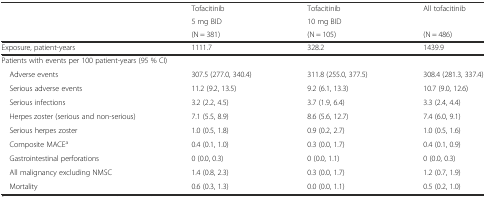
<table><thead><tr><td rowspan="3"></td><td><b>Tofacitinib</b></td><td><b>Tofacitinib</b></td><td rowspan="2"><b>All tofacitinib</b></td></tr><tr><td><b>5 mg BID</b></td><td><b>10 mg BID</b></td></tr><tr><td><b>(N = 381)</b></td><td><b>(N = 105)</b></td><td><b>(N = 486)</b></td></tr></thead><tbody><tr><td>Exposure, patient-years</td><td>1111.7</td><td>328.2</td><td>1439.9</td></tr><tr><td colspan="4">Patients with events per 100 patient-years (95 % CI)</td></tr><tr><td> Adverse events</td><td>307.5 (277.0, 340.4)</td><td>311.8 (255.0, 377.5)</td><td>308.4 (281.3, 337.4)</td></tr><tr><td> Serious adverse events</td><td>11.2 (9.2, 13.5)</td><td>9.2 (6.1, 13.3)</td><td>10.7 (9.0, 12.6)</td></tr><tr><td> Serious infections</td><td>3.2 (2.2, 4.5)</td><td>3.7 (1.9, 6.4)</td><td>3.3 (2.4, 4.4)</td></tr><tr><td> Herpes zoster (serious and non-serious)</td><td>7.1 (5.5, 8.9)</td><td>8.6 (5.6, 12.7)</td><td>7.4 (6.0, 9.1)</td></tr><tr><td> Serious herpes zoster</td><td>1.0 (0.5, 1.8)</td><td>0.9 (0.2, 2.7)</td><td>1.0 (0.5, 1.6)</td></tr><tr><td> Composite MACE<sup>a</sup></td><td>0.4 (0.1, 1.0)</td><td>0.3 (0.0, 1.7)</td><td>0.4 (0.1, 0.9)</td></tr><tr><td> Gastrointestinal perforations</td><td>0 (0.0, 0.3)</td><td>0 (0.0, 1.1)</td><td>0 (0.0, 0.3)</td></tr><tr><td> All malignancy excluding NMSC</td><td>1.4 (0.8, 2.3)</td><td>0.3 (0.0, 1.7)</td><td>1.2 (0.7, 1.9)</td></tr><tr><td> Mortality</td><td>0.6 (0.3, 1.3)</td><td>0.0 (0.0, 1.1)</td><td>0.5 (0.2, 1.0)</td></tr></tbody></table>